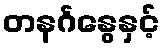
တနင်္ဂနွေနှင့်